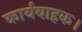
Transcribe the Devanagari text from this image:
कार्यवाहक।